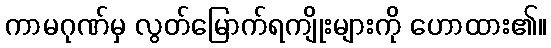
ကာမဂုဏ်မှ လွတ်မြောက်ရကျိုးများကို ဟောထား၏။